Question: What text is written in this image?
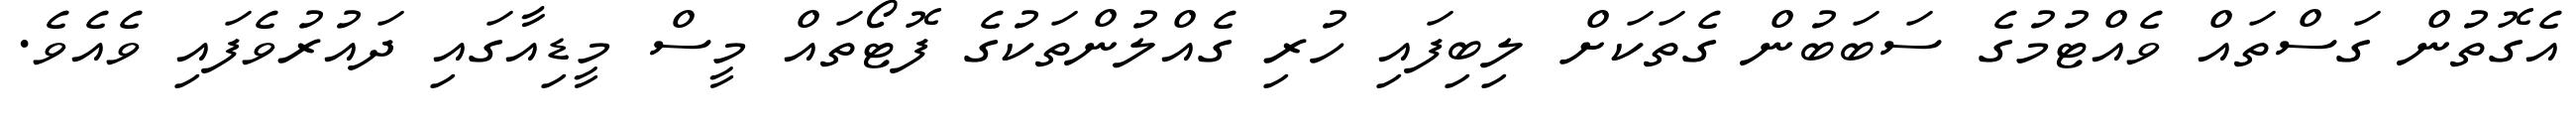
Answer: އެގޮތުން ގަސްތައް ވެއްޓުމުގެ ސަބަބުން ގެތަކަށް ލިބިފައި ހުރި ގެއްލުންތަކުގެ ފޮޓޯތައް މީސް މީޑިއާގައި ދައުރުވެފައި ވެއެވެ.